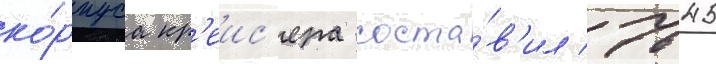
ко́рпуса кр'еис'ера соста́в'ил 7645